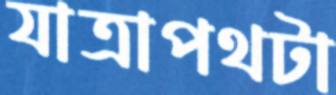
যাত্রাপথটা